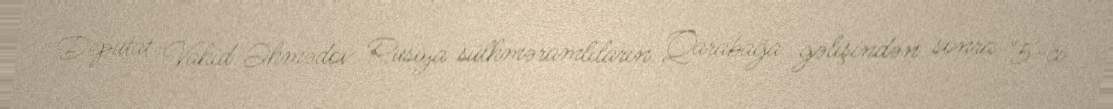
Deputat Vahid Əhmədov Rusiya sülhməramlıların Qarabağa gəlişindən sonra "5-ci